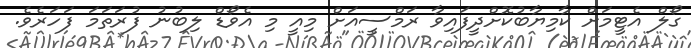
ގޯލް އެޓީމަށް ކާމިޔާބުކޮށްދީފައިވާ ރަމްސީއަށް މިއީ މި އެވޯޑް ލިބުނު ފުރަތަމަ ފަހަރެވެ.